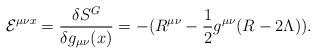
LaTeX: \begin{align*}{\cal E}^{\mu\nu x}=\frac{\delta S^{G}}{\delta g_{\mu\nu}(x)}=-(R^{\mu\nu}-\frac{1}{2}g^{\mu\nu}(R-2\Lambda)).\end{align*}